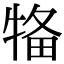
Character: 𤙳